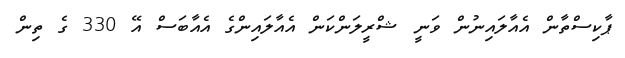
ޕާކިސްތާން އެެއާލައިނުން ވަނީ ޝްރީލަންކަން އެއާލައިންގެ އެއާބަސް އޭ 330 ގެ ތިން